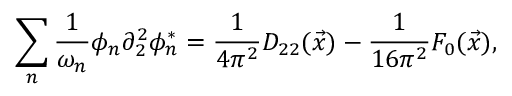
\sum _ { n } \frac { 1 } { \omega _ { n } } \phi _ { n } \partial _ { 2 } ^ { 2 } \phi _ { n } ^ { * } = \frac { 1 } { 4 \pi ^ { 2 } } D _ { 2 2 } ( \vec { x } ) - \frac { 1 } { 1 6 \pi ^ { 2 } } F _ { 0 } ( \vec { x } ) ,